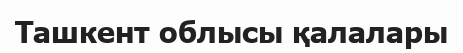
Ташкент облысы қалалары